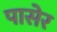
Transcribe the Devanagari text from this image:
पासेर